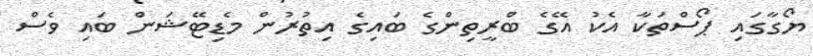
ޔޯގާގައި ޕޯސްތަކާ އެކު އޭގެ ބްރީތިންގެ ބައިގެ އިތުރުން މެޑިޓޭޝަން ބައި ވެސް